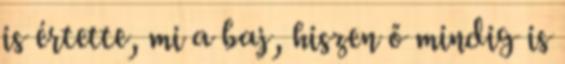
is értette, mi a baj, hiszen ő mindig is